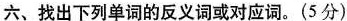
六、找出下列单词的反义词或对应词.(5 分)